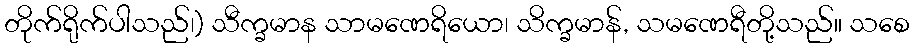
တိုက်ရိုက်ပါသည်၊) သီက္ခမာန သာမဏေရိယော၊ သိက္ခမာန်, သမဏေရီတို့သည်။ သစေ